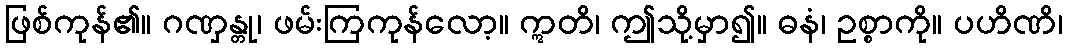
ဖြစ်ကုန်၏။ ဂဏှန္တု၊ ဖမ်းကြကုန်လော့။ ဣတိ၊ ဤသို့မှာ၍။ ဓနံ၊ ဥစ္စာကို။ ပဟိဏိ၊